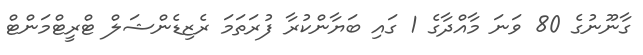
ގާނޫނުގެ 80 ވަނަ މާއްދާގެ 1 ގައި ބަޔާންކުރާ ފުރަތަމަ ރެޒިޑެންޝަލް ޓްރީޓްމަންޓް